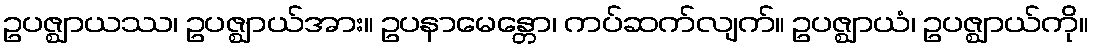
ဥပဇ္ဈာယဿ၊ ဥပဇ္ဈာယ်အား။ ဥပနာမေန္တော၊ ကပ်ဆက်လျက်။ ဥပဇ္ဈာယံ၊ ဥပဇ္ဈာယ်ကို။